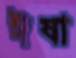
ঈষা